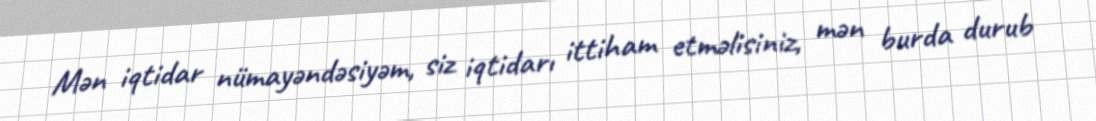
Mən iqtidar nümayəndəsiyəm, siz iqtidarı ittiham etməlisiniz, mən burda durub